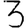
Digit: 3